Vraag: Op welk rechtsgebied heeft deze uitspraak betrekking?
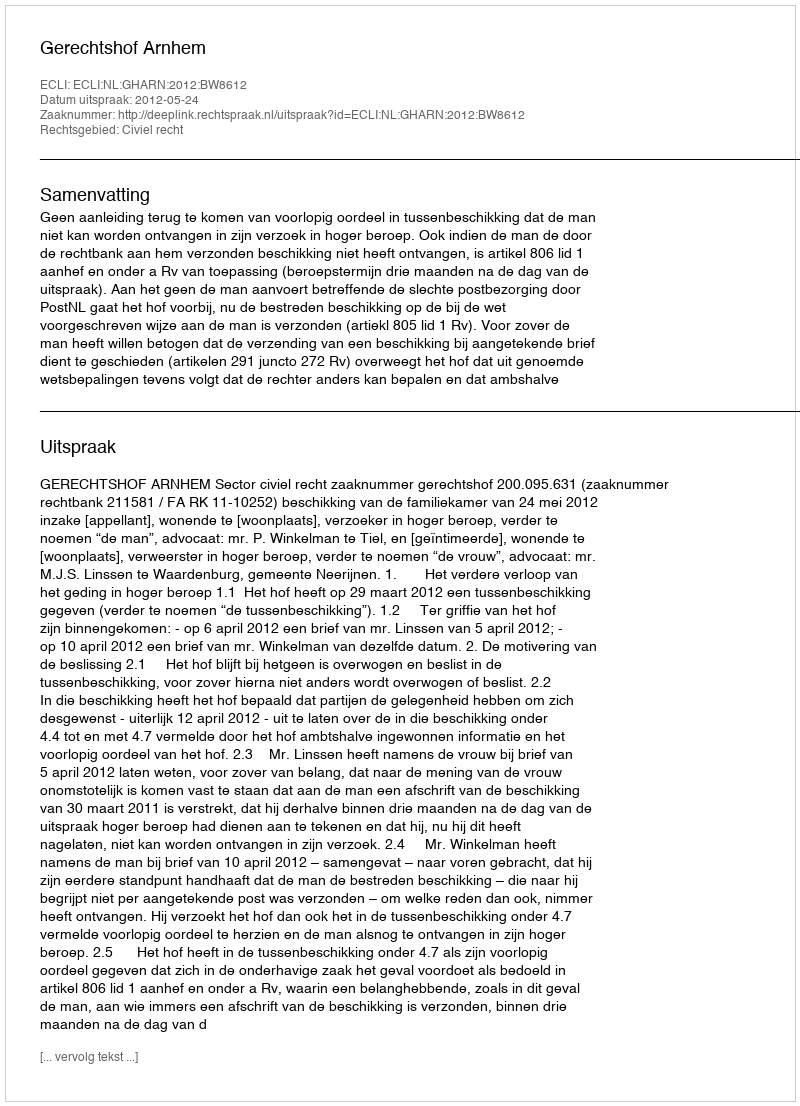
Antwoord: Civiel recht